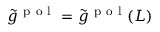
\tilde { g } ^ { \mathrm { ~ p ~ o ~ l ~ } } = \tilde { g } ^ { \mathrm { ~ p ~ o ~ l ~ } } ( L )